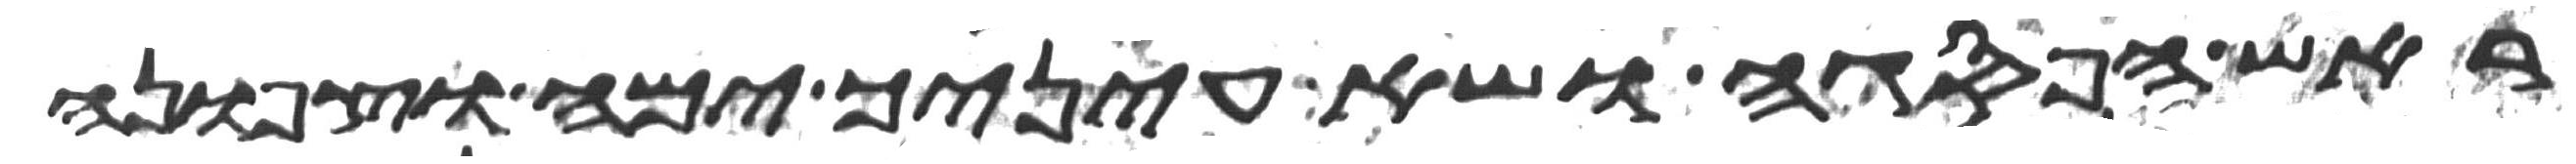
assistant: ראש הפסגה ושא עיניך ימה וצפונה